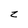
Character: z